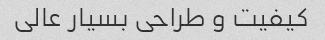
کیفیت و طراحی بسیار عالی